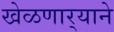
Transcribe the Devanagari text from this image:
खेळणार्‍याने